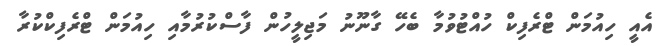
އެއީ ހިއުމަން ޓްރެފިކް ހުއްޓުވުމާ ބެހޭ ގާނޫނު މަޖިލީހުން ފާސްކުރުމާއި ހިއުމަން ޓްރެފިކްކުރާ